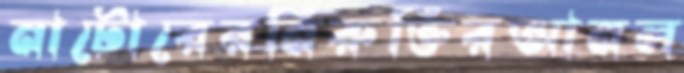
নাটোরেরনিরুক্তিরআনল